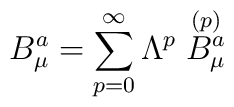
B_\mu^a =\sum_{p=0}^\infty \Lambda^p \stackrel{(p)}{B_\mu ^a}